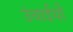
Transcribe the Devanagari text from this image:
उंचाईयों